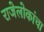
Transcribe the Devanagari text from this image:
राजेलोकांचा